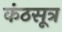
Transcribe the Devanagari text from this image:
कंठसूत्र